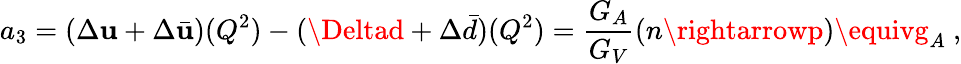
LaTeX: a_{3}=(\Delta\mathbf{u}+\Delta\bar{{\mathbf{u}}})(Q^{2})-(\Deltad+\Delta\bar{{d}})(Q^{2})={\frac{{G_{A}}}{{G_{V}}}}(n\rightarrowp)\equivg_{A}~,